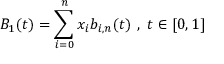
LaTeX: B _ { 1 } ( t ) = \sum _ { i = 0 } ^ { n } x _ { i } b _ { i , n } ( t ) { \mathrm { ~ , ~ } } t \in [ 0 , 1 ]